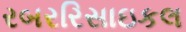
રબરરિસાઇકલ